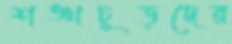
শঙ্খচূড়দের